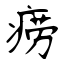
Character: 痨